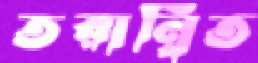
তরান্বিত